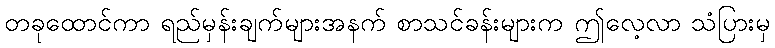
တခုထောင်ကာ ရည်မှန်းချက်များအနက် စာသင်ခန်းများက ဤလေ့လာ သံပြားမှ